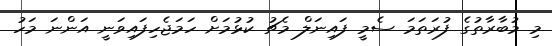
މި މުބާރާތުގެ ފުރަތަމަ ސެމީ ފައިނަލް މެޗު ކުޅުމަށް ހަމަޖެހިފައިވަނީ އަންނަ މަހު